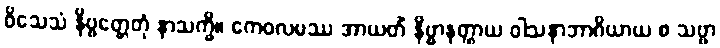
ဝိသေသံ နိဗ္ဗတ္တေတုံ နာသက္ခိ။ ကေဝလမဿ အာယတိံ နိဗ္ဗာနတ္ထာယ ဝါသနာဘာဂိယာယ စ သဗ္ဗာ